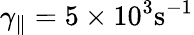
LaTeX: \gamma_{\parallel}=5\times 10^{3}\textrm{s}^{-1}